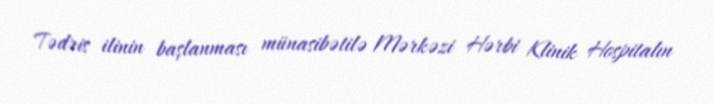
Tədris ilinin başlanması münasibətilə Mərkəzi Hərbi Klinik Hospitalın